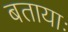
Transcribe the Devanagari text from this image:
बतायाः